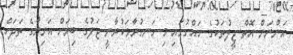
އަންނަން އޮތް ޖީލުތަކުގެ ހައްގުގައި މި ހަނގުރާމަކުރާނީ ޖަލުގެ ބިރަށް އަނިޔާގެ ތަދަށް